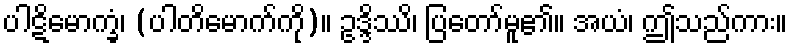
ပါဋိမောက္ခံ၊ (ပါတိမောက်ကို)။ ဥဒ္ဒိဿိ၊ ပြတော်မူ၏။ အယံ၊ ဤသည်ကား။